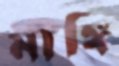
মাঙ্গি